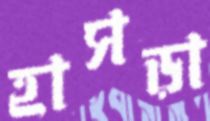
হাসড়া